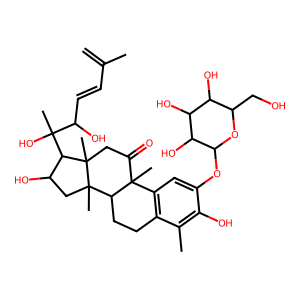
SMILES: C=C(C)C=CC(O)C(C)(O)C1C(O)CC2(C)C3CCc4c(cc(OC5OC(CO)C(O)C(O)C5O)c(O)c4C)C3(C)C(=O)CC12C
Inhibits HIV replication: No